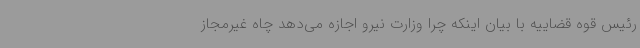
رئیس قوه قضاییه با بیان اینکه چرا وزارت نیرو اجازه می‌دهد چاه غیرمجاز